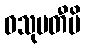
ဝသုမတီပိ